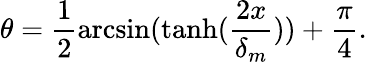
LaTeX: \theta=\frac 12\arcsin(\operatorname{tanh}(\frac{2x}{\delta_{m}}))+\frac\pi 4.